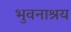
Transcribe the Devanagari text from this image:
भुवनाश्रय